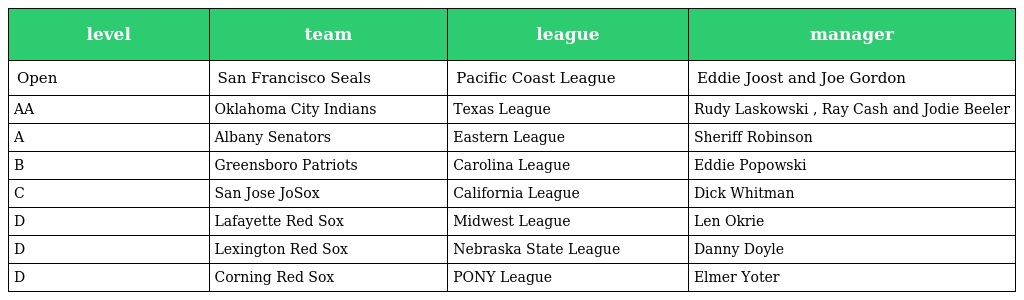
| level | team | league | manager |
 | --- | --- | --- | --- |
 | Open | San Francisco Seals | Pacific Coast League | Eddie Joost and Joe Gordon |
 | AA | Oklahoma City Indians | Texas League | Rudy Laskowski , Ray Cash and Jodie Beeler |
 | A | Albany Senators | Eastern League | Sheriff Robinson |
 | B | Greensboro Patriots | Carolina League | Eddie Popowski |
 | C | San Jose JoSox | California League | Dick Whitman |
 | D | Lafayette Red Sox | Midwest League | Len Okrie |
 | D | Lexington Red Sox | Nebraska State League | Danny Doyle |
 | D | Corning Red Sox | PONY League | Elmer Yoter |